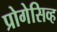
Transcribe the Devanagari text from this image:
प्रोगेसिव्ह